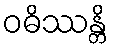
ဝဓိဿန္တိ